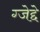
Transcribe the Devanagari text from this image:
ग्जेद्दे